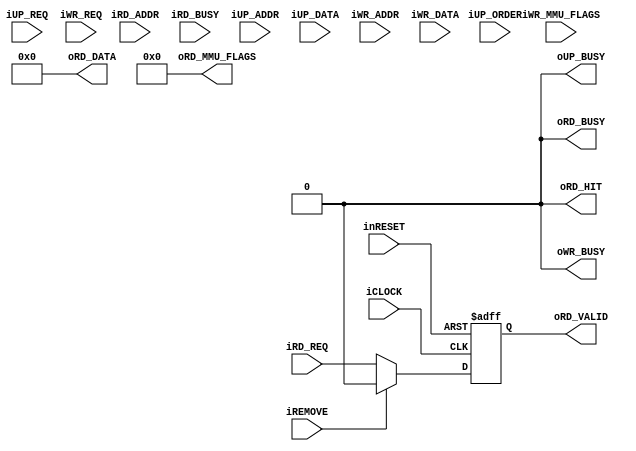
module l1_cache_64entry_4way_line64b_bus_8b_damy(
		input wire iCLOCK,
		input wire inRESET,
		input wire iREMOVE,
		input wire iRD_REQ,
		output wire oRD_BUSY,		
		input wire [31:0] iRD_ADDR,		
		output wire oRD_VALID,
		output wire oRD_HIT,
		input wire iRD_BUSY,		
		output wire [63:0] oRD_DATA,
		output wire [27:0] oRD_MMU_FLAGS,	
		input wire iUP_REQ,
		output wire oUP_BUSY,
		input wire [1:0] iUP_ORDER,
		input wire [31:0] iUP_ADDR,				
		input wire [31:0] iUP_DATA,
		input wire iWR_REQ,
		output wire oWR_BUSY,
		input wire [31:0] iWR_ADDR,	
		input wire [511:0] iWR_DATA,
		input wire [255:0] iWR_MMU_FLAGS
	);
	assign oRD_BUSY = 1'b0;
	reg b_req_valid;
	always@(posedge iCLOCK or negedge inRESET)begin
		if(!inRESET)begin
			b_req_valid <= 1'b0;
		end
		else if(iREMOVE)begin
			b_req_valid <= 1'b0;
		end
		else begin
			b_req_valid <= iRD_REQ;
		end
	end
	assign oRD_VALID = b_req_valid;
	assign oRD_HIT = 1'b0;
	assign oRD_DATA = 64'h0;
	assign oRD_MMU_FLAGS = 28'h0;
	assign oUP_BUSY = 1'b0;
	assign oWR_BUSY = 1'b0;
endmodule